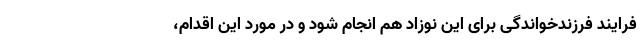
فرایند فرزندخواندگی برای این نوزاد هم انجام شود و در مورد این اقدام،